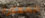
المفكرة